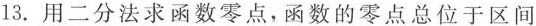
13.用二分法求函数零点，函数的零点总位于区间